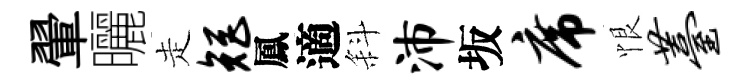
翬曬走矩鳳適斜沛坂席恨薹